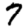
Digit: 7